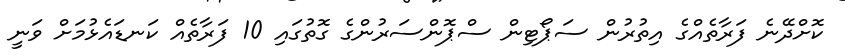
ކޮށްދޭނެ ފަރާތެއްގެ އިތުރުން ސަޕޯޓިން ސްޕޮންސަރުންގެ ގޮތުގައި 10 ފަރާތެއް ކަނޑައެޅުމަށް ވަނީ